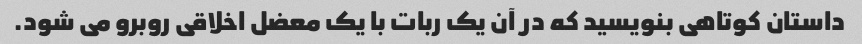
داستان کوتاهی بنویسید که در آن یک ربات با یک معضل اخلاقی روبرو می شود.